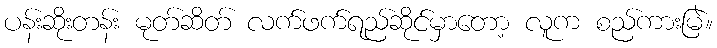
ပန်းဆိုးတန်း မုတ်ဆိတ် လက်ဖက်ရည်ဆိုင်မှာတော့ လူက စည်ကားမြဲ။